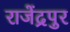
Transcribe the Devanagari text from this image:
राजेंद्रपुर